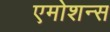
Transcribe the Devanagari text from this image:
एमोशन्स